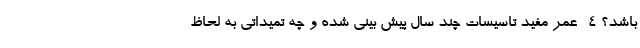
باشد؟ ۴- عمر مفید تاسیسات چند سال پیش بینی شده و چه تمیداتی به لحاظ